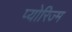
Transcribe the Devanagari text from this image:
प्योरिज्म